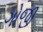
ગોજી